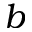
b